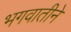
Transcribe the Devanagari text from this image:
भगवातीने